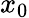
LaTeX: x_{0}